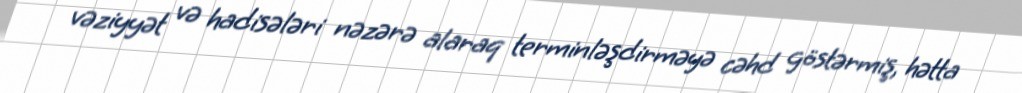
vəziyyət və hadisələri nəzərə alaraq terminləşdirməyə cəhd göstərmiş, hətta